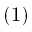
( 1 )